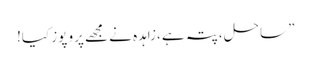
” ساحل ،پتہ ہے ،زاہدہ نے مجھے پرو پوز کیا!